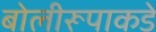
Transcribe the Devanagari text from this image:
बोलीरूपाकडे